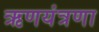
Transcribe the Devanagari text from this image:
ऋणयंत्रणा